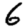
Digit: 6